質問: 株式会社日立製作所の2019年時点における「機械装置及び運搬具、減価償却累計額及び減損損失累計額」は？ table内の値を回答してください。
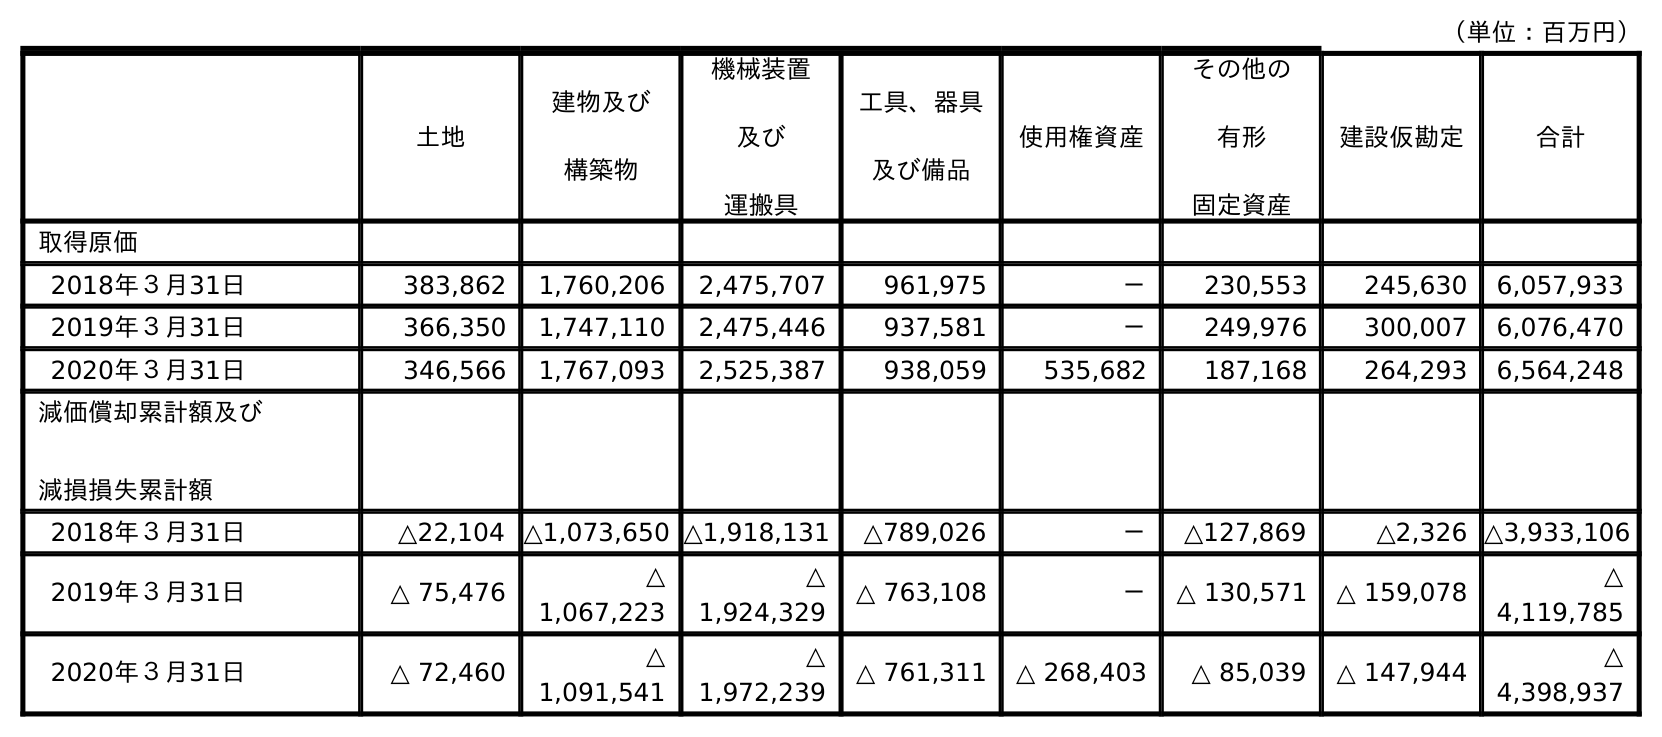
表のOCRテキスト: （単位：百万円） 土地 建物及び 構築物 機械装置 及び 運搬具 工具、器具 及び備品 使用権資産 その他の 有形 固定資産 建設仮勘定 合計 取得原価 2018年３月31日 383,862 1,760,206 2,475,707 961,975 － 230,553 245,630 6,057,933 2019年３月31日 366,350 1,747,110 2,475,446 937,581 － 249,976 300,007 6,076,470 2020年３月31日 346,566 1,767,093 2,525,387 938,059 535,682 187,168 264,293 6,564,248 減価償却累計額及び 減損損失累計額 2018年３月31日 △22,104 △1,073,650 △1,918,131 △789,026 － △127,869 △2,326 △3,933,106 2019年３月31日 △ 75,476 △ 1,067,223 △ 1,924,329 △ 763,108 － △ 130,571 △ 159,078 △ 4,119,785 2020年３月31日 △ 72,460 △ 1,091,541 △ 1,972,239 △ 761,311 △ 268,403 △ 85,039 △ 147,944 △ 4,398,937
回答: △1,924,329